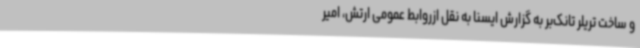
و ساخت تریلر تانک‌بر به گزارش ایسنا به نقل ازروابط عمومی ارتش، امیر